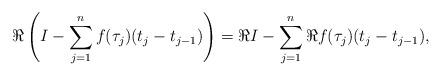
LaTeX: \begin{align*}\Re \left(I - \sum_{j=1}^n f(\tau_j) (t_j-t_{j-1}) \right) = \Re I - \sum_{j=1}^n \Re f(\tau_j)(t_j-t_{j-1}),\end{align*}